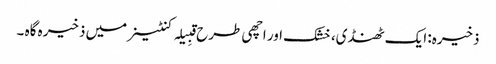
ذخیرہ: ایک ٹھنڈی، خشک اور اچھی طرح قبِیلہ کنٹینر میں ذخیرہ گاہ ۔